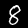
Digit: 8